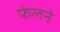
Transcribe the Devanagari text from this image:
फेलने